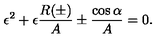
\epsilon ^ { 2 } + \epsilon \frac { R ( \pm ) } { A } \pm \frac { \cos \alpha } { A } = 0 .